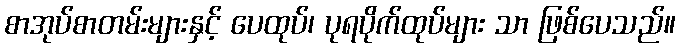
စာအုပ်စာတမ်းများနှင့် ပေထုပ်၊ ပုရပိုက်ထုပ်များ သာ ဖြစ်ပေသည်။